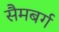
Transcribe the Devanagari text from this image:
सैमबर्ग